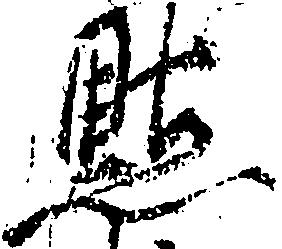
点